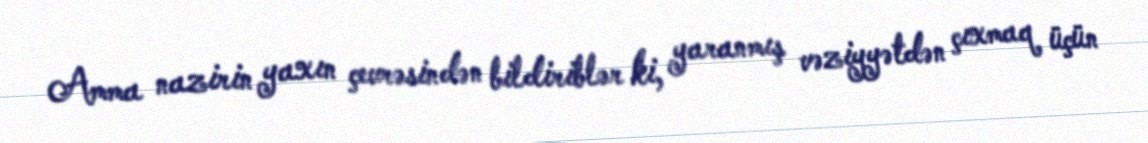
Amma nazirin yaxın çevrəsindən bildiriblər ki, yaranmış vəziyyətdən çıxmaq üçün